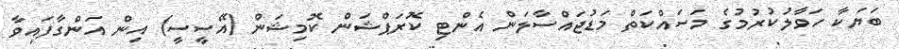
ބަޔަކާ ހަވާލުކުރުމުގެ މަސައްކަތް މަޑުޖައްސާލަން އެންޓި ކޮރަޕްޝަން ކޮމިޝަން (އޭސީސީ) އިން އަންގާފައިވާ